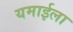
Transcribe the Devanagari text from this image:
यमाईला